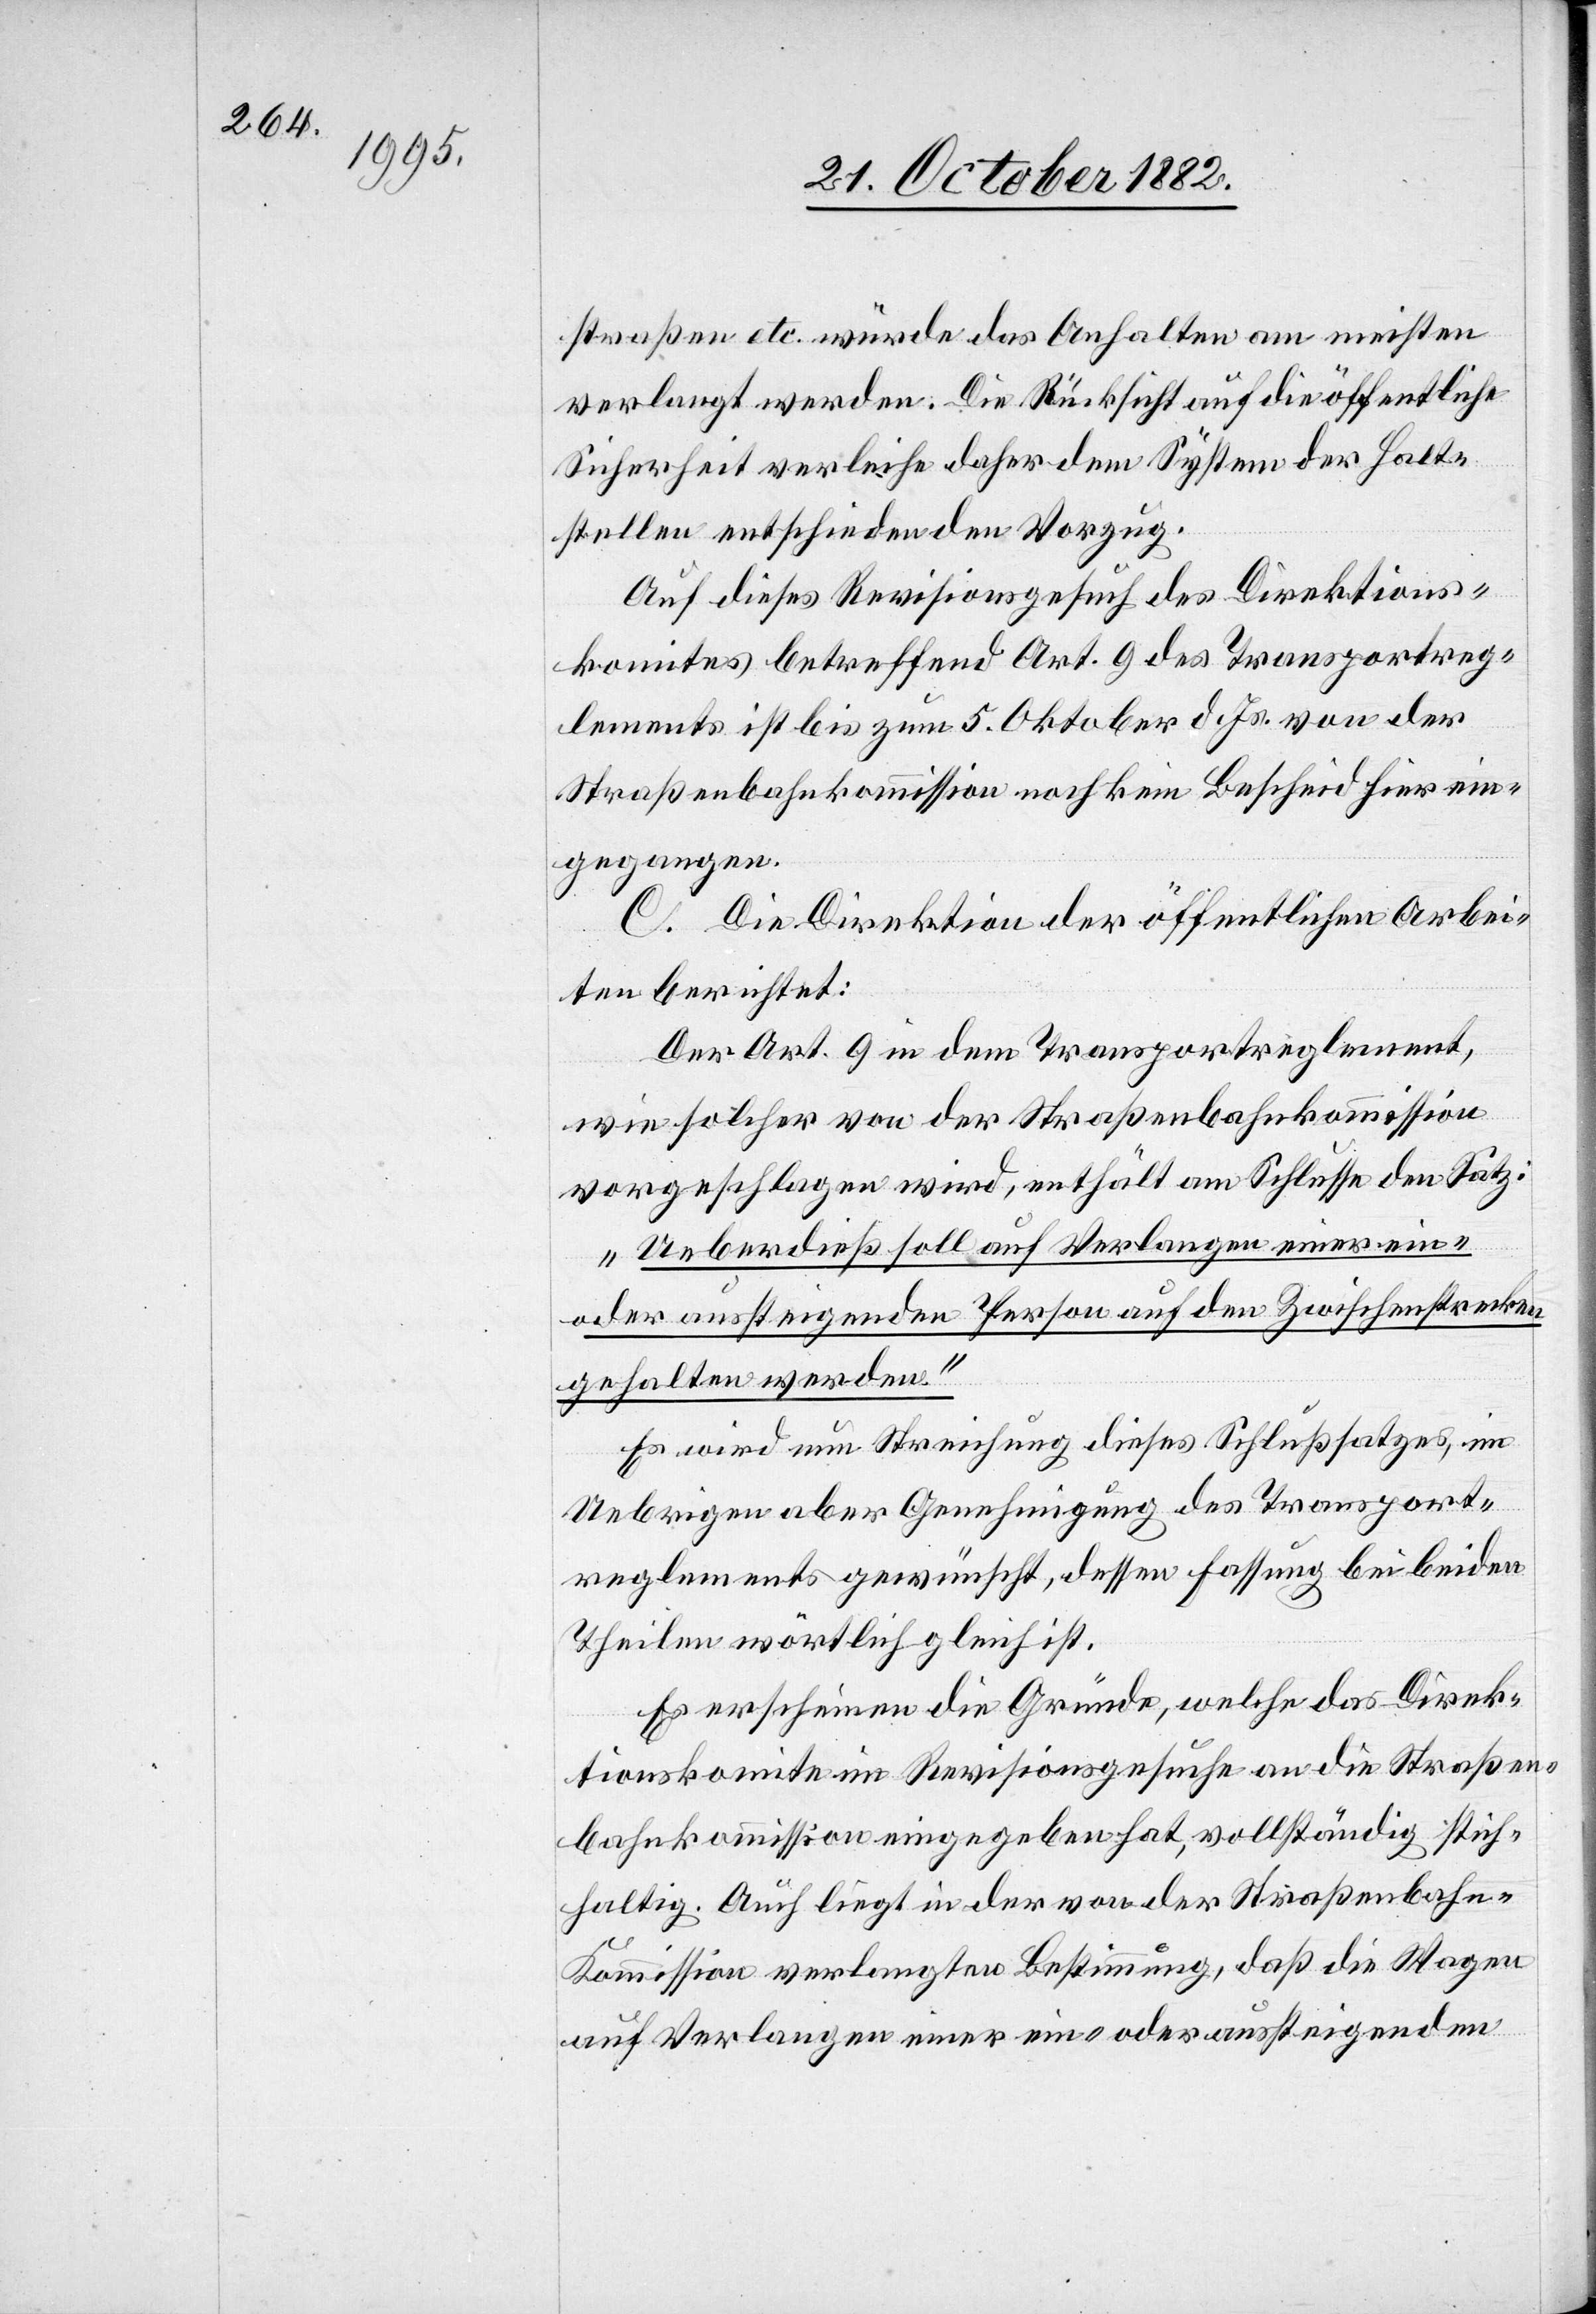
straßen etc. würde das Anhalten am meisten
verlangt werden. Die Rücksicht auf die öffentliche
Sicherheit verleihe daher dem System der Halt¬
stellen entschieden den Vorzug.
Auf dieses Revisionsgesuch des Direktions¬
komites betreffend Art. 9 des Transportreg¬
lements ist bis zum 5. Oktober d. Js. von der
Straßenbahnkommission noch kein Bescheid hier ein¬
gegangen.
C. Die Direktion der öffentlichen Arbei¬
ten berichtet:
Der Art. 9 in dem Transportreglement,
wie solcher von der Straßenbahnkommission
vorgeschlagen wird, enthält am Schlusse den Satz:
„Ueberdieß soll auf Verlangen einer ein-
oder aussteigenden Person auf den Zwischenstrecken
gehalten werden.“
Es wird nun Streichung dieses Schlußsatzes, im
Uebrigen aber Genehmigung des Transport¬
reglements gewünscht, dessen Fassung bei beiden
Theilen wörtlich gleich ist.
Es erscheinen die Gründe, welche das Direk¬
tionskomite im Revisionsgesuche an die Straßen¬
bahnkommission eingegeben hat, vollständig stich¬
haltig. Auch liegt in der von der Straßenbahn-K¬
ommission verlangten Bestimmung, daß die Wagen
auf Verlangen einer ein- oder aussteigenden